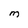
Character: M